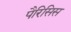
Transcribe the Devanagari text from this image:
पैरिसिस